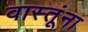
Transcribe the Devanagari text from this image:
वास्तूंना